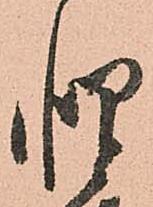
惶